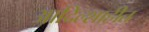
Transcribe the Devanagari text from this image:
आदिल्शाहीत